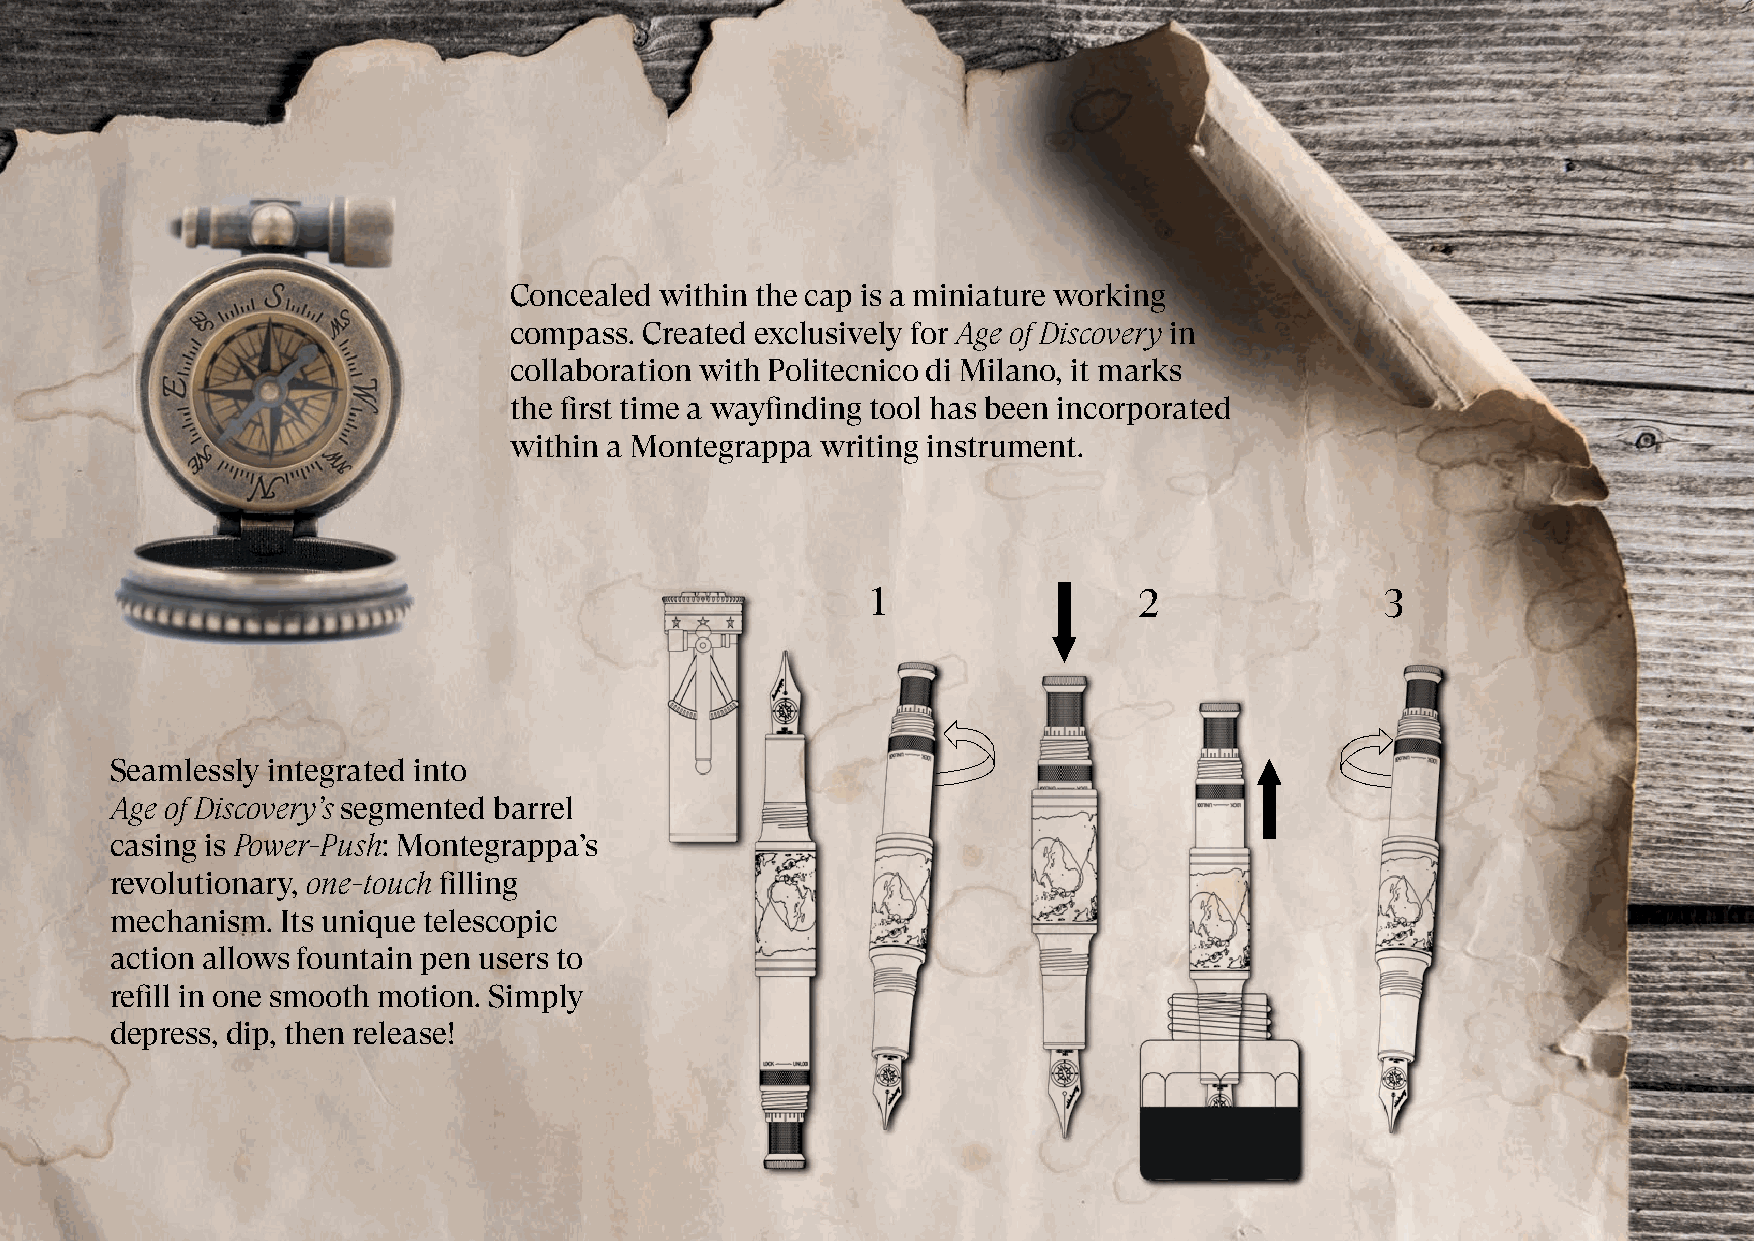
Concealed within the cap is a miniature working
 compass. Created exclusively for Age of Discovery in
 collaboration with Politecnico di Milano, it marks
 the first time a wayfinding tool has been incorporated
 within a Montegrappa writing instrument.
 1                2                3
 Seamlessly integrated into
 Age of Discovery’s segmented barrel
 casing is Power-Push: Montegrappa’s
 revolutionary, one-touch filling
 mechanism.  Its unique telescopic
 action allows fountain pen users to
 refill in one smooth motion. Simply
 depress, dip, then release!